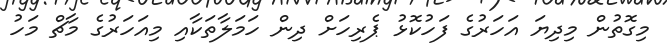
މިގޮތުން މިދިޔަ އަހަރުގެ ފަހުކޮޅު ޕެރިހަށް ދިން ހަމަލާތަކާއި މިއަހަރުގެ މާޗް މަހު